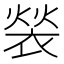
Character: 𬡤